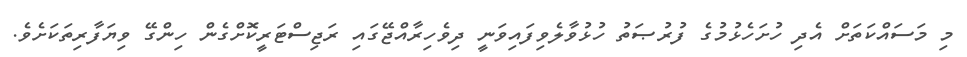
މި މަސައްކަތަށް އެދި ހުށަހެޅުމުގެ ފުރުޞަތު ހުޅުވާލެވިފައިވަނީ ދިވެހިރާއްޖޭގައި ރަޖިސްޓަރީކޮށްގެން ހިންގޭ ވިޔަފާރިތަކަށެވެ.